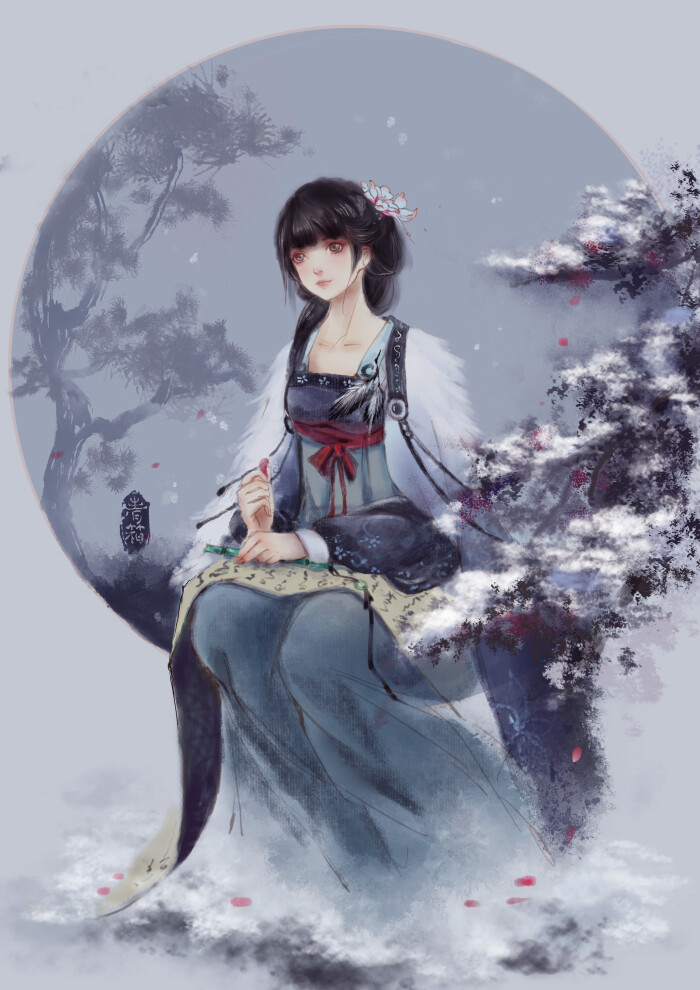
有美一人，清扬婉兮。